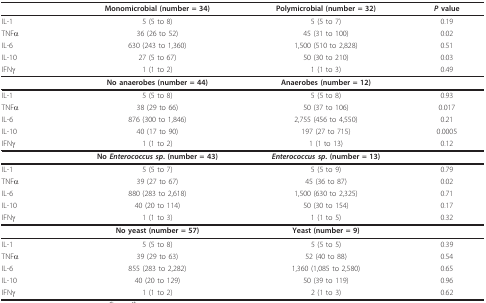
|  | Monomicrobial (number = 34) | Polymicrobial (number = 32) | P value |
 | --- | --- | --- | --- |
 | IL-1 | 5 (5 to 8) | 5 (5 to 7) | 0.19 |
 | TNFα | 36 (26 to 52) | 45 (31 to 100) | 0.02 |
 | IL-6 | 630 (243 to 1,360) | 1,500 (510 to 2,828) | 0.51 |
 | IL-10 | 27 (5 to 67) | 50 (30 to 210) | 0.03 |
 | IFNγ | 1 (1 to 2) | 1 (1 to 3) | 0.49 |
 |  | No anaerobes (number = 44) | Anaerobes (number = 12) |  |
 | IL-1 | 5 (5 to 8) | 5 (5 to 8) | 0.93 |
 | TNFα | 38 (29 to 66) | 50 (37 to 106) | 0.017 |
 | IL-6 | 876 (300 to 1,846) | 2,755 (456 to 4,550) | 0.21 |
 | IL-10 | 40 (17 to 90) | 197 (27 to 715) | 0.0005 |
 | IFNγ | 1 (1 to 2) | 1 (1 to 13) | 0.12 |
 |  | No Enterococcus sp. (number = 43) | Enterococcus sp. (number = 13) |  |
 | IL-1 | 5 (5 to 7) | 5 (5 to 9) | 0.79 |
 | TNFα | 39 (27 to 67) | 45 (36 to 87) | 0.02 |
 | IL-6 | 880 (283 to 2,618) | 1,500 (630 to 2,325) | 0.71 |
 | IL-10 | 40 (20 to 114) | 50 (30 to 154) | 0.17 |
 | IFNγ | 1 (1 to 3) | 1 (1 to 5) | 0.32 |
 |  | No yeast (number = 57) | Yeast (number = 9) |  |
 | IL-1 | 5 (5 to 8) | 5 (5 to 5) | 0.39 |
 | TNFα | 39 (29 to 63) | 52 (40 to 88) | 0.54 |
 | IL-6 | 855 (283 to 2,282) | 1,360 (1,085 to 2,580) | 0.65 |
 | IL-10 | 40 (20 to 129) | 50 (39 to 119) | 0.96 |
 | IFNγ | 1 (1 to 2) | 2 (1 to 3) | 0.62 |